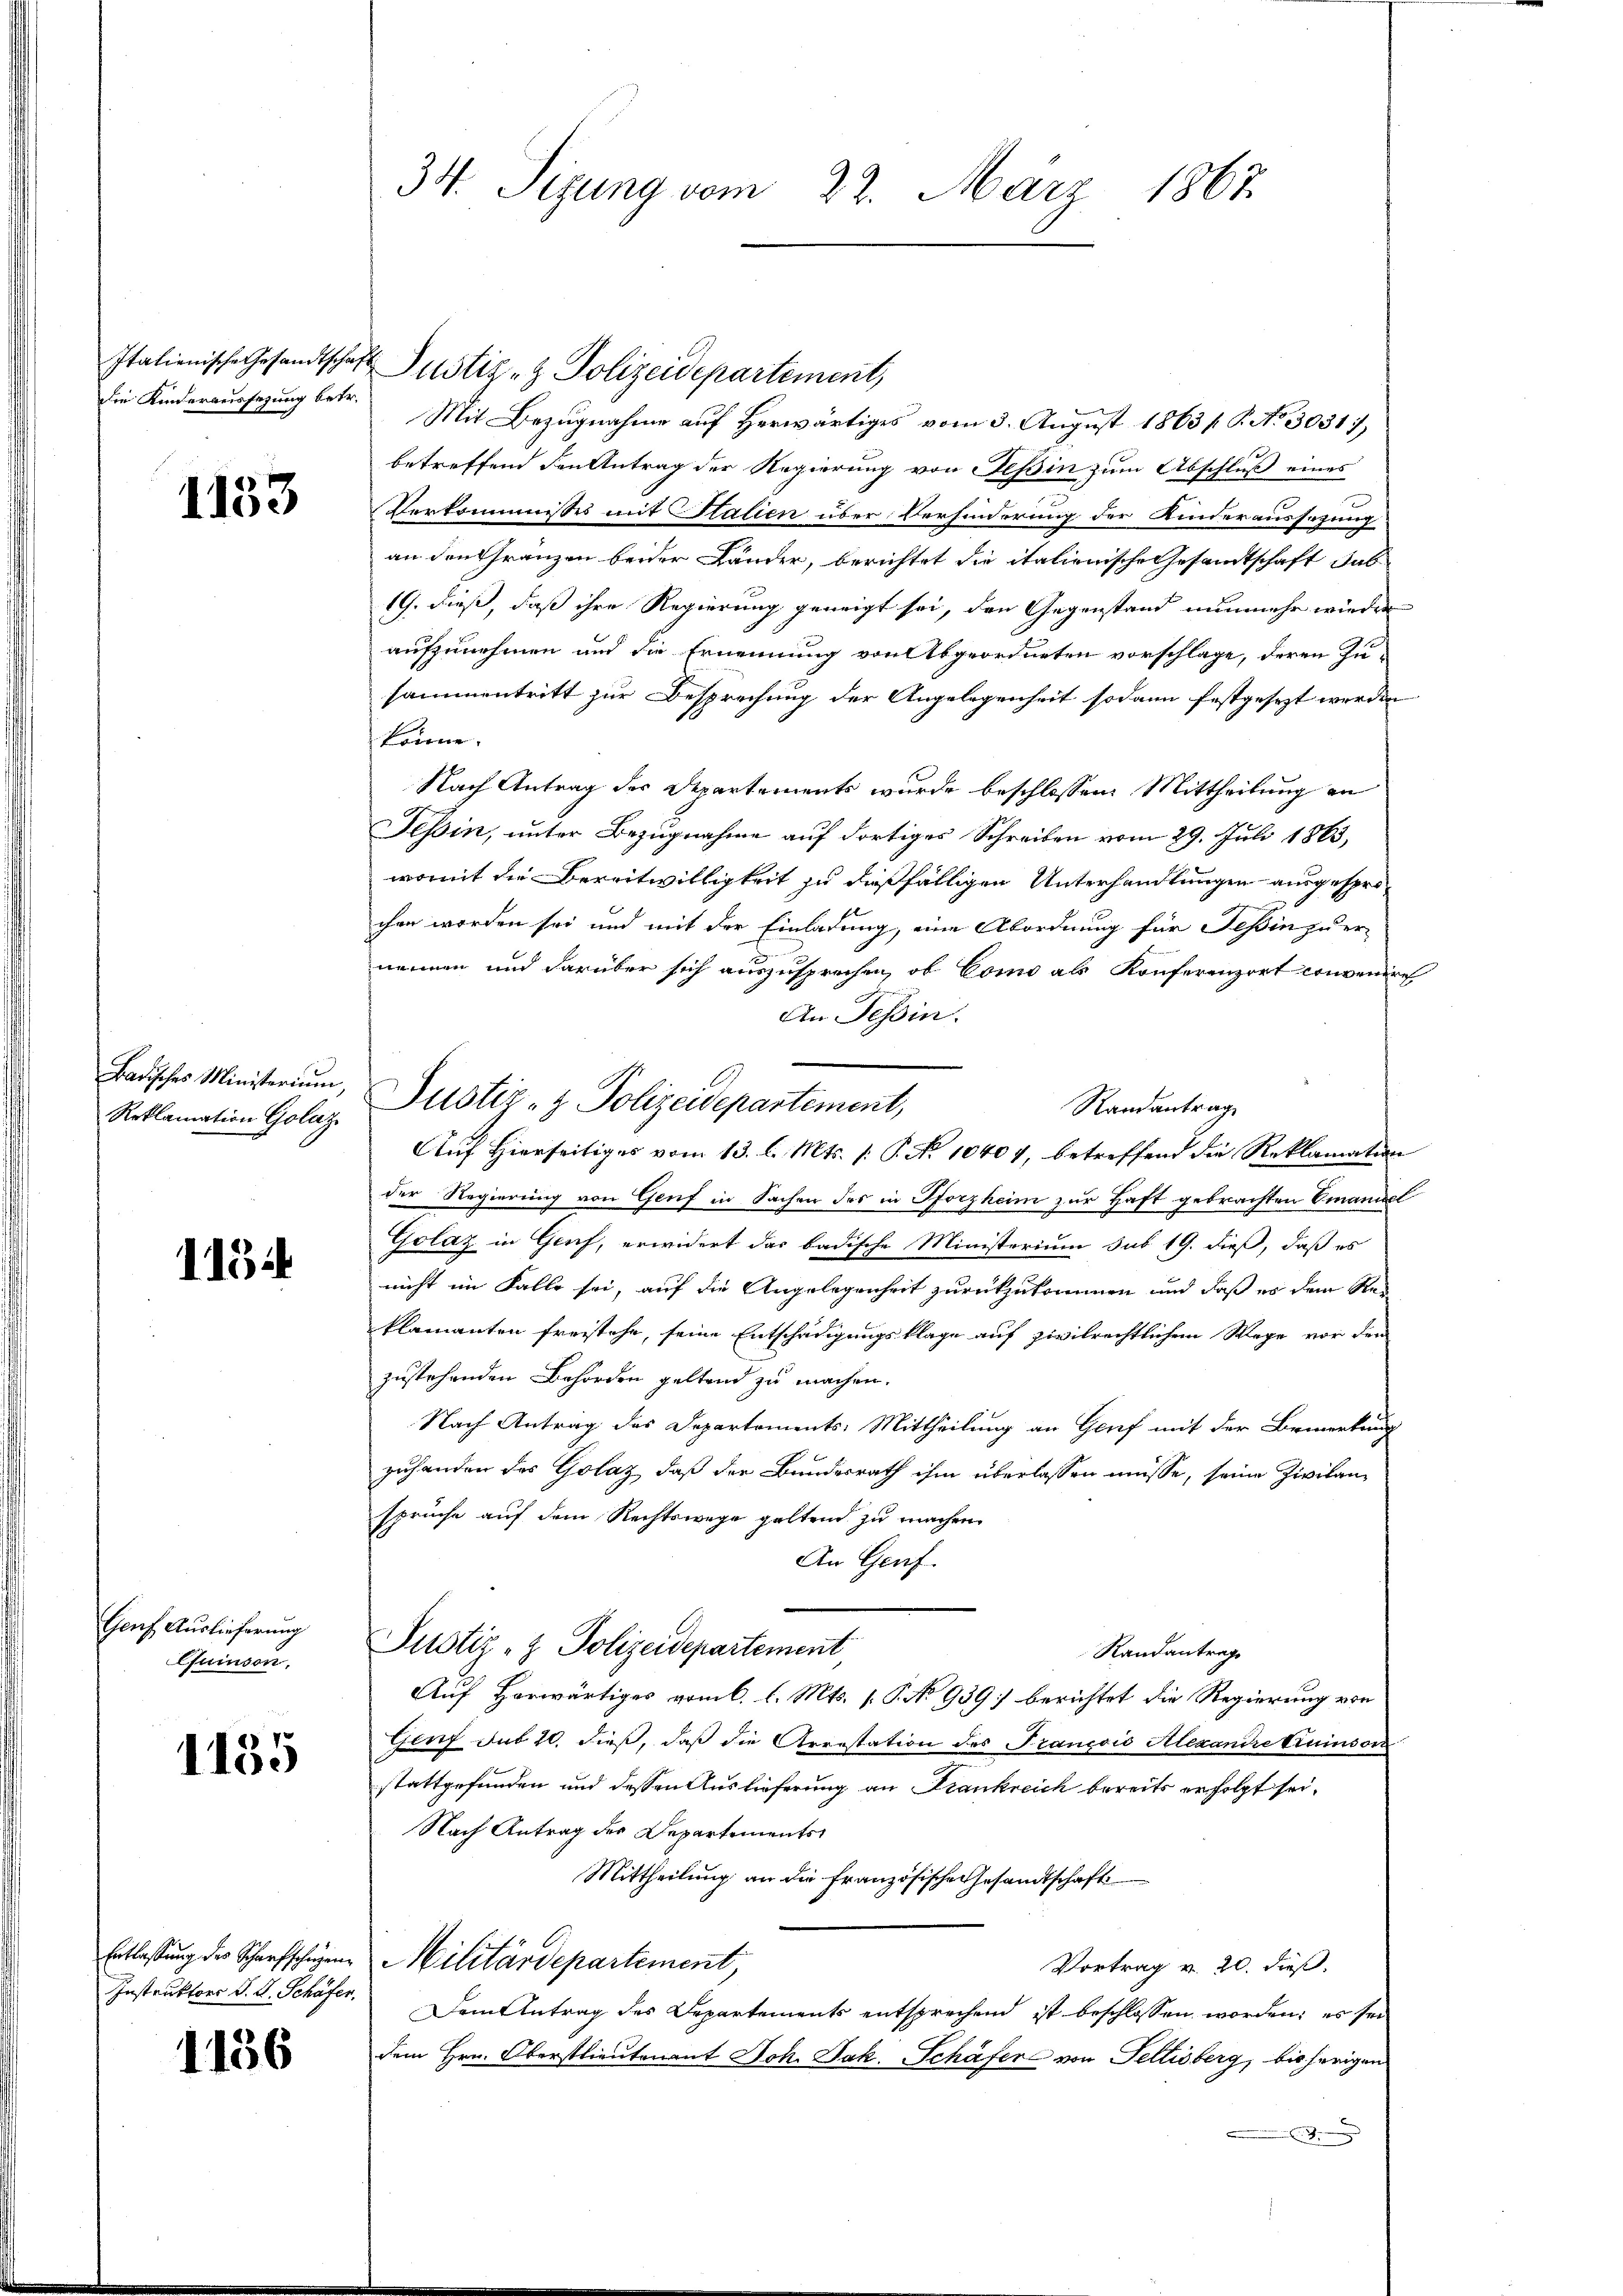
Italienische Gesandtschaf
die Kinderaussetzung betr.

1153

Badisches Ministerium,
Reklamation Goliz

1184

Genf Auslieferung
Quinson.

1155

Entlassung des Scharfschagen
Instruktors S. A. Schäfer.

1156.

34. Sizung vom 22. März 1867.

Justiz- & Polizeidepartement,
Mit Bezugnahme auf Herwärtiges vom 3. August 1863/G. No. 30317)
betreffend den Antrag der Regierung von Tessin zum Abschluß eines
Verkommisses mit Stalien über Verhinderung der Kinderaussagung
an den Gränzen beider Länder, berichtet die italienische Gesandtschaft dab
19. dieß, daß ihre Regierung geneigt sei, den Gegenstand nunmehr wieder
aufzunehmen und die Ernennung von Abgeordneten vorschlage, deren Zu-
sammentritt zur Besprechung der Angelegenheit sodann festgesezt werden
könne.
Nach Antrag der Departements wurde beschlossen: Mittheilung an
Tessin, unter Bezugnahme auf dortiges Schreiben vom 29. Juli 1863,
womit die Bereitwilligkeit zu dießfälligen Unterhandlungen ausgesprochen worden sei und mit der Einladung, eine Abordnung für Teßin zu er-
nennen und darüber sich auszusprechen, ob Como als Konferenzort convenire
An Tessin.
Justiz- & Polizeidepartement,
Randantrag
Auf Hierseitiges vom 13. l. Mts. /: P. No 10404, betreffend die Reklamation
der Regierung von Genf in Sachen des in Pforzheim zur Haft gebrachten Emanuel
Golaz in Genf, erwidert das badische Ministerium sub 19. dieß, daß es
nicht im Falle sei, auf die Angelegenheit zurückzukommen und daß er dem Reklamanten freistehe, seine Entschädigungsklage auf zivilrechtlichem Wege vor den
zustehenden Behörden geltend zu machen.
Nach Antrag des Departements-Mittheilung an Genf mit der Bemerkung
zuhanden des Golaz, daß der Bundesrath ihm überlassen müsse, seine Zivilansprüche auf dem Rechtswege geltend zu machen
An Genf.
Justiz- & Polizeidepartement
Randantrage
Auf Horwärtiges vom 6. l. Mts. 1. P. No 939] berichtet die Regierung von
Genf sub 10. dieß, daß die Arrestation des François Alexandre truinson
stattgefunden und dessen Auslieferung an Frankreich bereits erfolgt sei.
Nach Antrag des Departements
Mittheilung an die französische Gesandtschaft
Militärdepartement,
Vortrag v. 20. dieß.
Dem Antrag des Departements entsprechend ist beschlossen worden; es sei
dem Hrn. Oberstlieutenant Joh. Jak. Schäfer von Fellisberg, bisherigen